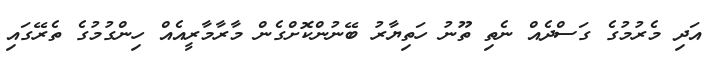
އަދި މެރުމުގެ ގަސްދެއް ނެތި ތޫނު ހަތިޔާރު ބޭނުންކޮށްގެން މާރާމާރީއެއް ހިންގުމުގެ ތެރޭގައި